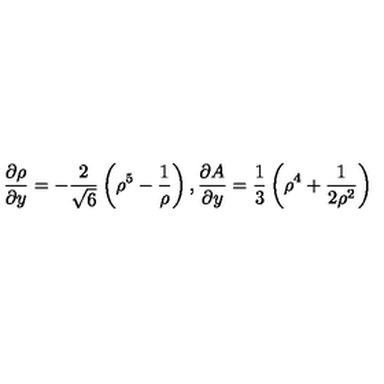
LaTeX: { \frac { \partial \rho } { \partial y } } = - { \frac { 2 } { \sqrt { 6 } } } \left( \rho ^ { 5 } - { \frac { 1 } { \rho } } \right) , { \frac { \partial A } { \partial y } } = { \frac { 1 } { 3 } } \left( \rho ^ { 4 } + { \frac { 1 } { 2 \rho ^ { 2 } } } \right)